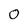
Character: 0